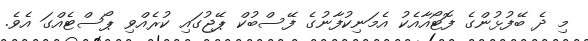
މި ދެ ބޭފުޅުންގެ ފޮޓޯއާއެކު އެމަނިކުފާނުގެ ފޭސްބުކް ޕޭޖުގައި ކުރެއްވި ޕޯސްޓެއްގަ އެވެ.